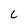
Character: C